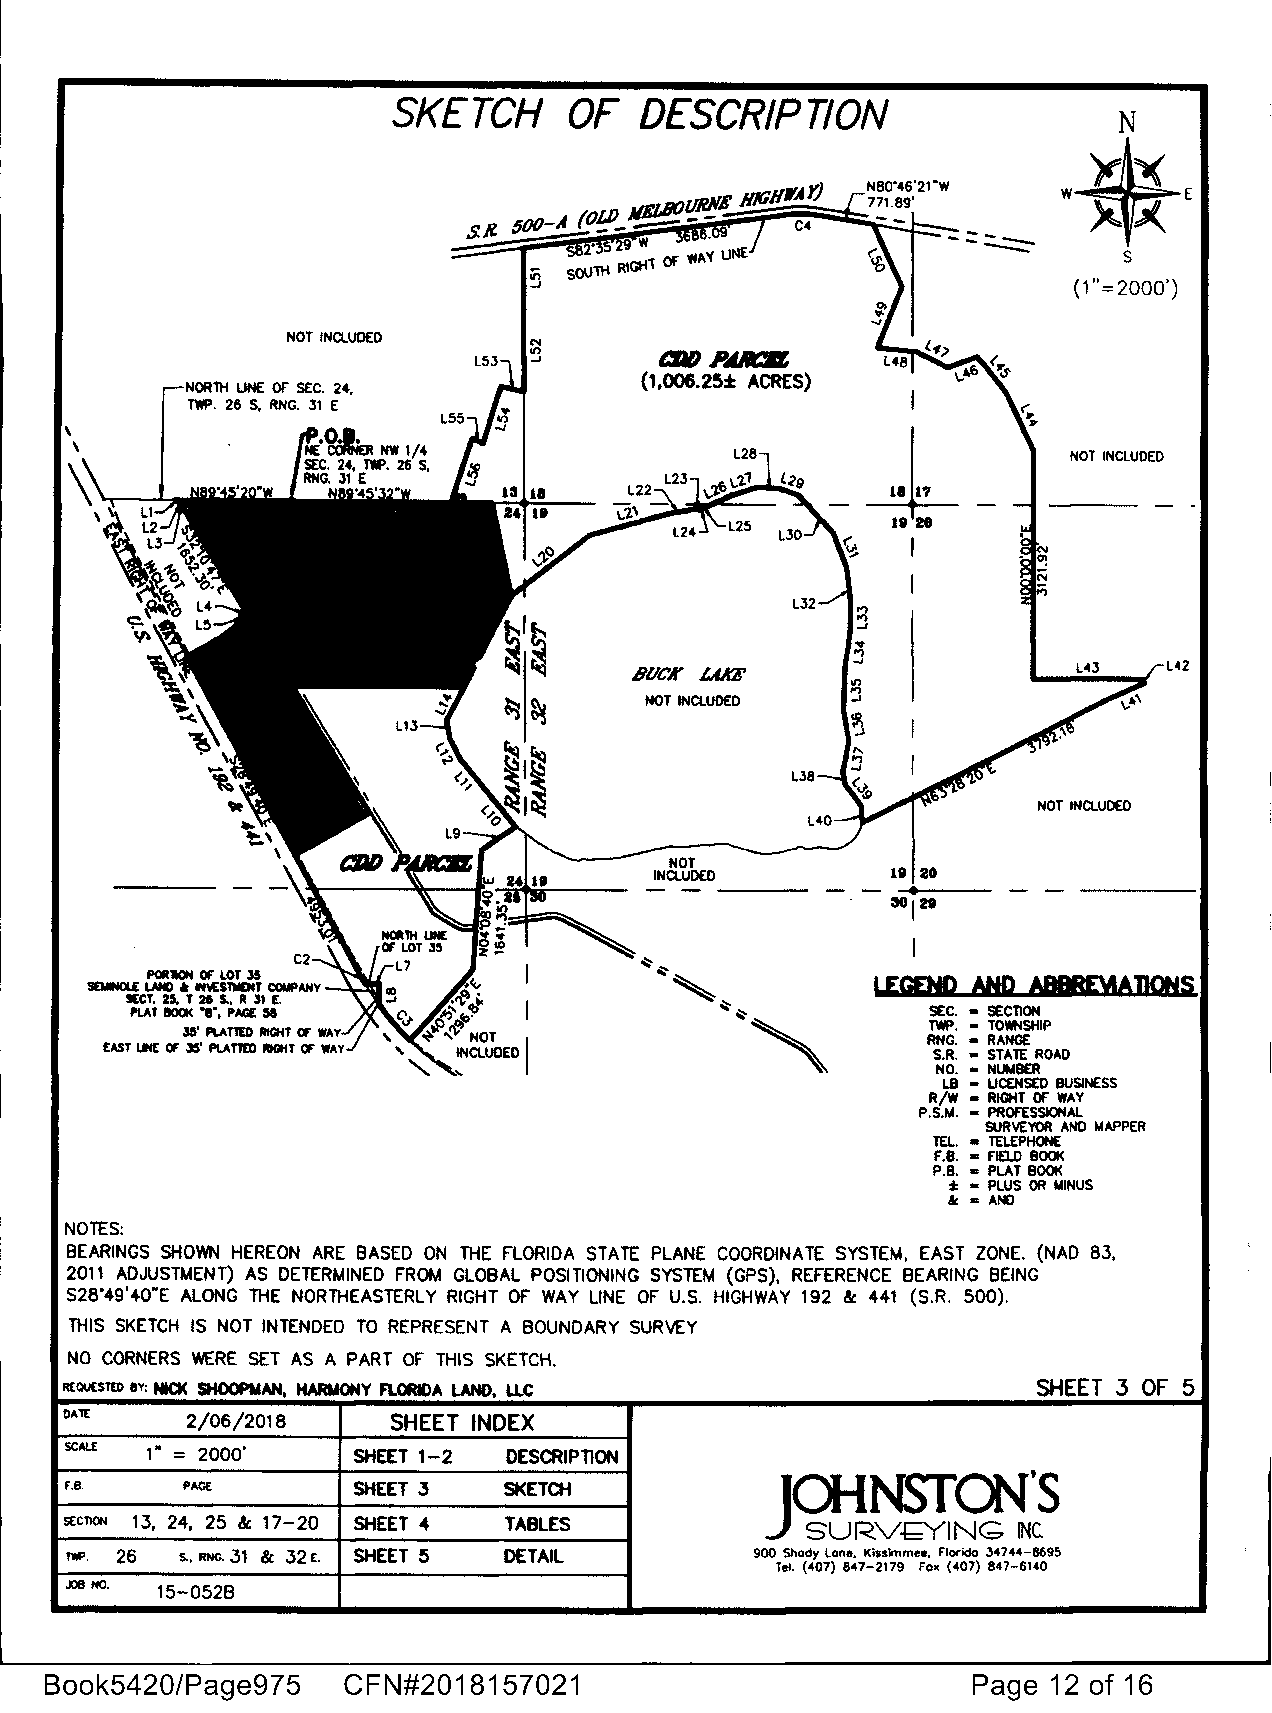
I
 SKETCH      OF  DESCRIPnON                  .   •
 N
 ,
 s
 (1"=2000')
 NOT INCLUDED
 CIII) ,P6/CII,
 (1,006.25:1: ACRES)
 NORlH LINE OF" SEC. 24.
 TWP. 28 S, RNG. 31 E
 '                                                    l  -
 \
 NOT INCLUDED
 18 29
 I
 BUCK LIKE                          L42
 NOT INCLUDED
 NOT INCLUDED
 NOT
 INCLUDED
 PORll<»I OF LOT 35                              LEGEND AND MBBf'AATIQNS
 SOIIN0L£ LAND a, NloS€111£NT COMPANY
 91:CT. 25, T 21 S., R 31 [. . I
 Pl.AT 900K "II", PNIE. 58 I                         SEC. • SECTION
 TWP. • TOWNSHIP
 NOT                           RNG. • RANGE
 UOEO                          S.R. • STATE ROAD
 NO. • NUM8ER
 L8 • LICENSED BUSINESS
 R/W • RIGHT OF WAY
 P.S.M. • PROf"ESSIONAL
 SURVEYOR ANO MAPPER
 TEL. • TELEPHONE
 F.8. • FIELD BOOK
 P.B. • PLAT BOOK
 :t • PLUS OR MINUS
 & • ANO
 NOTES:
 BEARINGS SHOWN HEREON ARE BASED ON THE FLORIDA STATE PLANE COORDINATE SYSTEM, EAST ZONE. (NAO 83,
 2011 ADJUSTMENT) AS DETERMINED FROM GLOBAL POSITIONING SYSTEM (GPS), REFERENCE BEARING BEING
 s2a·49'4o•E ALONG THE NORTHEASTERLY RIGHT OF WAY LINE OF U.S. HIGHWAY 192 & 441 (S.R. 500).
 THIS SKETCH IS NOT INTENDED TO REPRESENT A BOUNDARY SURVEY
 NO CORNERS WERE SET AS A PART OF THIS SKETCH.
 R[QU[STED BY: NIQ( SHOOPMAN, HARMONY FlORIDA LANO, LLC           SHEET 3 OF 5
 DATE    2/06/2018     SHEET INDEX
 SCALE 1" = 2000'   SHEET 1-2 DESCRIPTION
 r.e.    PACE       SHEET J   SKETCH
 JOHNSTON'S
 SECTION 13, 24, 25 & 17-20 SHEET 4 TABLES        SURV,!;;YING  INC
 TWP. 26 S., RNG. 31 & 32c. SHEET 5 DETAIL     900 Shady Lane. Kissimmee. flarida 34744-8695
 Tel. (407} 847-2179 Fax (407} 847-6140
 JOB NO. 15-0528
 Book5420/Page975    CFN#2018157021                           Page 12 of 16